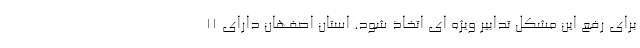
برای رفع این مشکل تدابیر ویژه ای اتخاذ شود. استان اصفهان دارای ۱۱